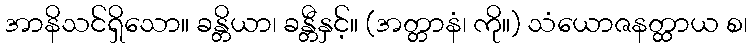
အာနိသင်ရှိသော။ ခန္တိယာ၊ ခန္တီနှင့်။ (အတ္တာနံ၊ ကို။) သံယောဇနတ္ထာယ စ၊